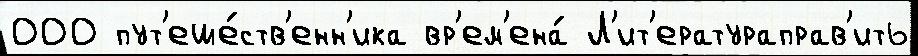
000 пут'еше́ств'енн'ика вр'ем'ена́ Л'ит'ератураправ'ить